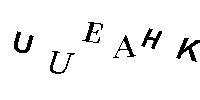
UUEAHK